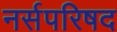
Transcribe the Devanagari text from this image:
नर्सपरिषद